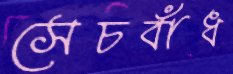
সেচবাঁধ